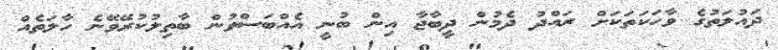
ދައުލަތުގެ ވާހަކަތަކަށް ރައްދު ދެމުން ދީބާޖާ އިން ބުނީ އެއްބަސްވުން ބާތިލުކުރޭވޭނެ ހާލަތެއް